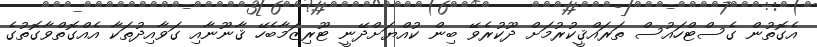
އެގޮތުން ގެސްޓްހައުސް ތަރައްޤީކުރުމަށް ދޫކުރެވޭ ބިން ކުއްޔަށްދޭނީ ޓޫރިޒަމާބެހޭ ޤާނޫނާއި ގަވާއިދުތަކާ އެއްގޮތްވާގޮތުގެ